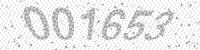
Solution: 001653